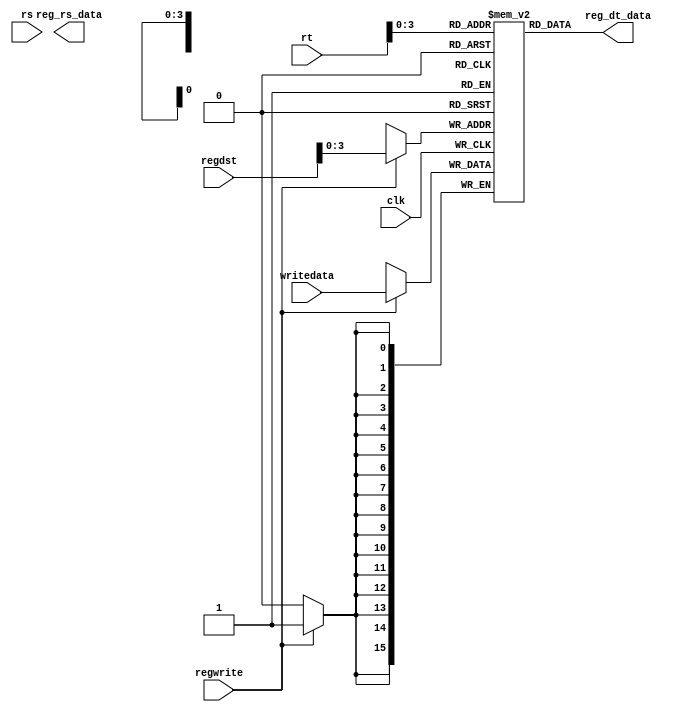
`timescale 1ns / 1ps
//////////////////////////////////////////////////////////////////////////////////
// Company: 
// Engineer: 
// 
// Design Name: 
// Module Name:    Reg_File 
// Project Name: 
// Target Devices: 
// Tool versions: 
// Description: 
//
// Dependencies: 
//
// Revision: 
// Revision 0.01 - File Created
// Additional Comments: 
//
//////////////////////////////////////////////////////////////////////////////////
module Reg_File(input clk, input [15:0] writedata,
					 input regwrite, input [4:0] rs,
					 input [4:0] rt,input [4:0] regdst,
					 output wire [15:0] reg_rs_data, output wire [15:0] reg_dt_data);

	reg[15:0] memory [0:15];
	always @(posedge clk) begin
		if(regwrite)
			memory[regdst] <= writedata;//write data on reddst location
	end
	assign reg_ds_data = memory[rs];// read from read1 location
	assign reg_dt_data = memory[rt];// read from read2 location
endmodule